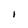
Character: i